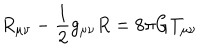
LaTeX: R _ { \mu \nu } - \frac { 1 } { 2 } g _ { \mu \nu } R = 8 \pi G T _ { \mu \nu }